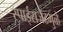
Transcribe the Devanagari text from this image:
स्पाईसजेटमुळे